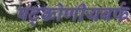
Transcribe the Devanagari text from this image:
षट्कोणीयबर्फ